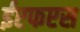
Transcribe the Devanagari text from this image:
ईएफएस